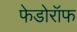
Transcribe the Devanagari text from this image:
फेडोरॉफ